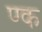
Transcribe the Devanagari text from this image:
ण्क